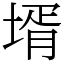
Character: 壻